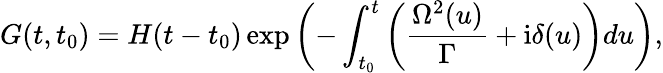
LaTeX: G(t,t_{0})=H(t-t_{0})\exp\left(-\int_{t_{0}}^{t}\left(\frac{\Omega^{2}(u)}{\Gamma}+\mathrm{i}\delta(u)\right)du\right),